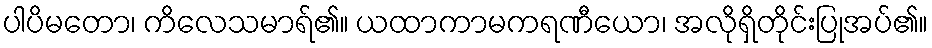
ပါပိမတော၊ ကိလေသမာရ်၏။ ယထာကာမကရဏီယော၊ အလိုရှိတိုင်းပြုအပ်၏။